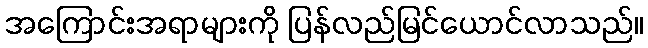
အကြောင်းအရာများကို ပြန်လည်မြင်ယောင်လာသည်။